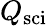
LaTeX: Q_{\mathrm{sci}}